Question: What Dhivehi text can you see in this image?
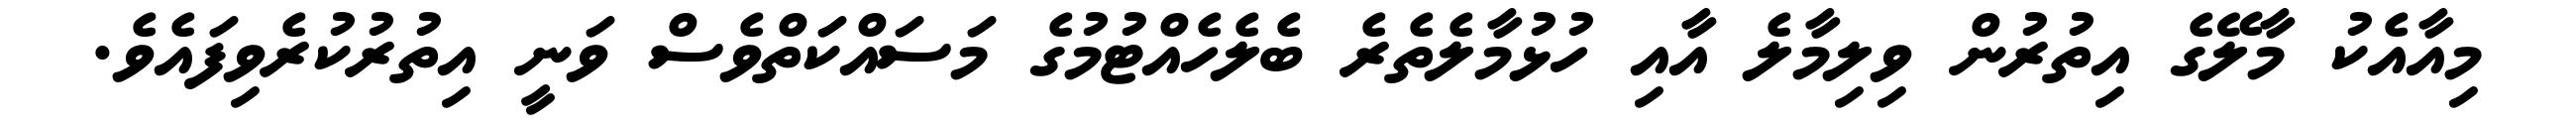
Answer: މިއާއެކު މާލޭގެ އިތުރުން ވިލިމާލެ އާއި ހުޅުމާލެތެރެ ބެލެހެއްޓުމުގެ މަސައްކަތްވެސް ވަނީ އިތުރުކުރެވިފައެވެ.